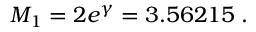
M _ { 1 } = 2 e ^ { \gamma } = 3 . 5 6 2 1 5 \; .